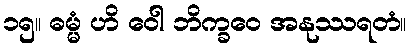
၁၅။ ဓမ္မံ ဟိ ဝေါ ဘိက္ခဝေ အနုဿရတံ။